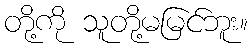
တို့ကို သူတို့မမြင်ဘူး။